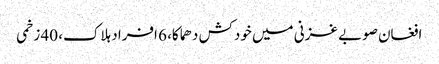
افغان صوبے غزنی میں خودکش دھماکا، 6 افراد ہلاک، 40 زخمی